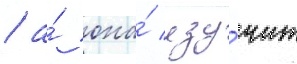
/ а́ она́ изу́чит